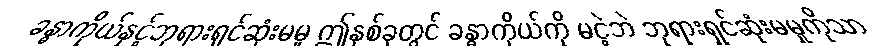
ခန္ဓာကိုယ်နှင့်ဘုရားရှင်ဆုံးမမူ ဤနှစ်ခုတွင် ခန္ဓာကိုယ်ကို မငဲ့ဘဲ ဘုရားရှင်ဆုံးမမှုကိုသာ